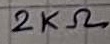
Text: 2KΩ